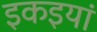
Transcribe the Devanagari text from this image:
इकइयां